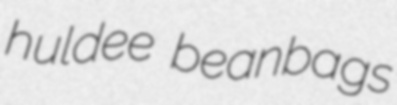
huldee beanbags